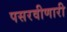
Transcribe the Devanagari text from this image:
पसरवीणारी